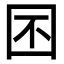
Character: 囨